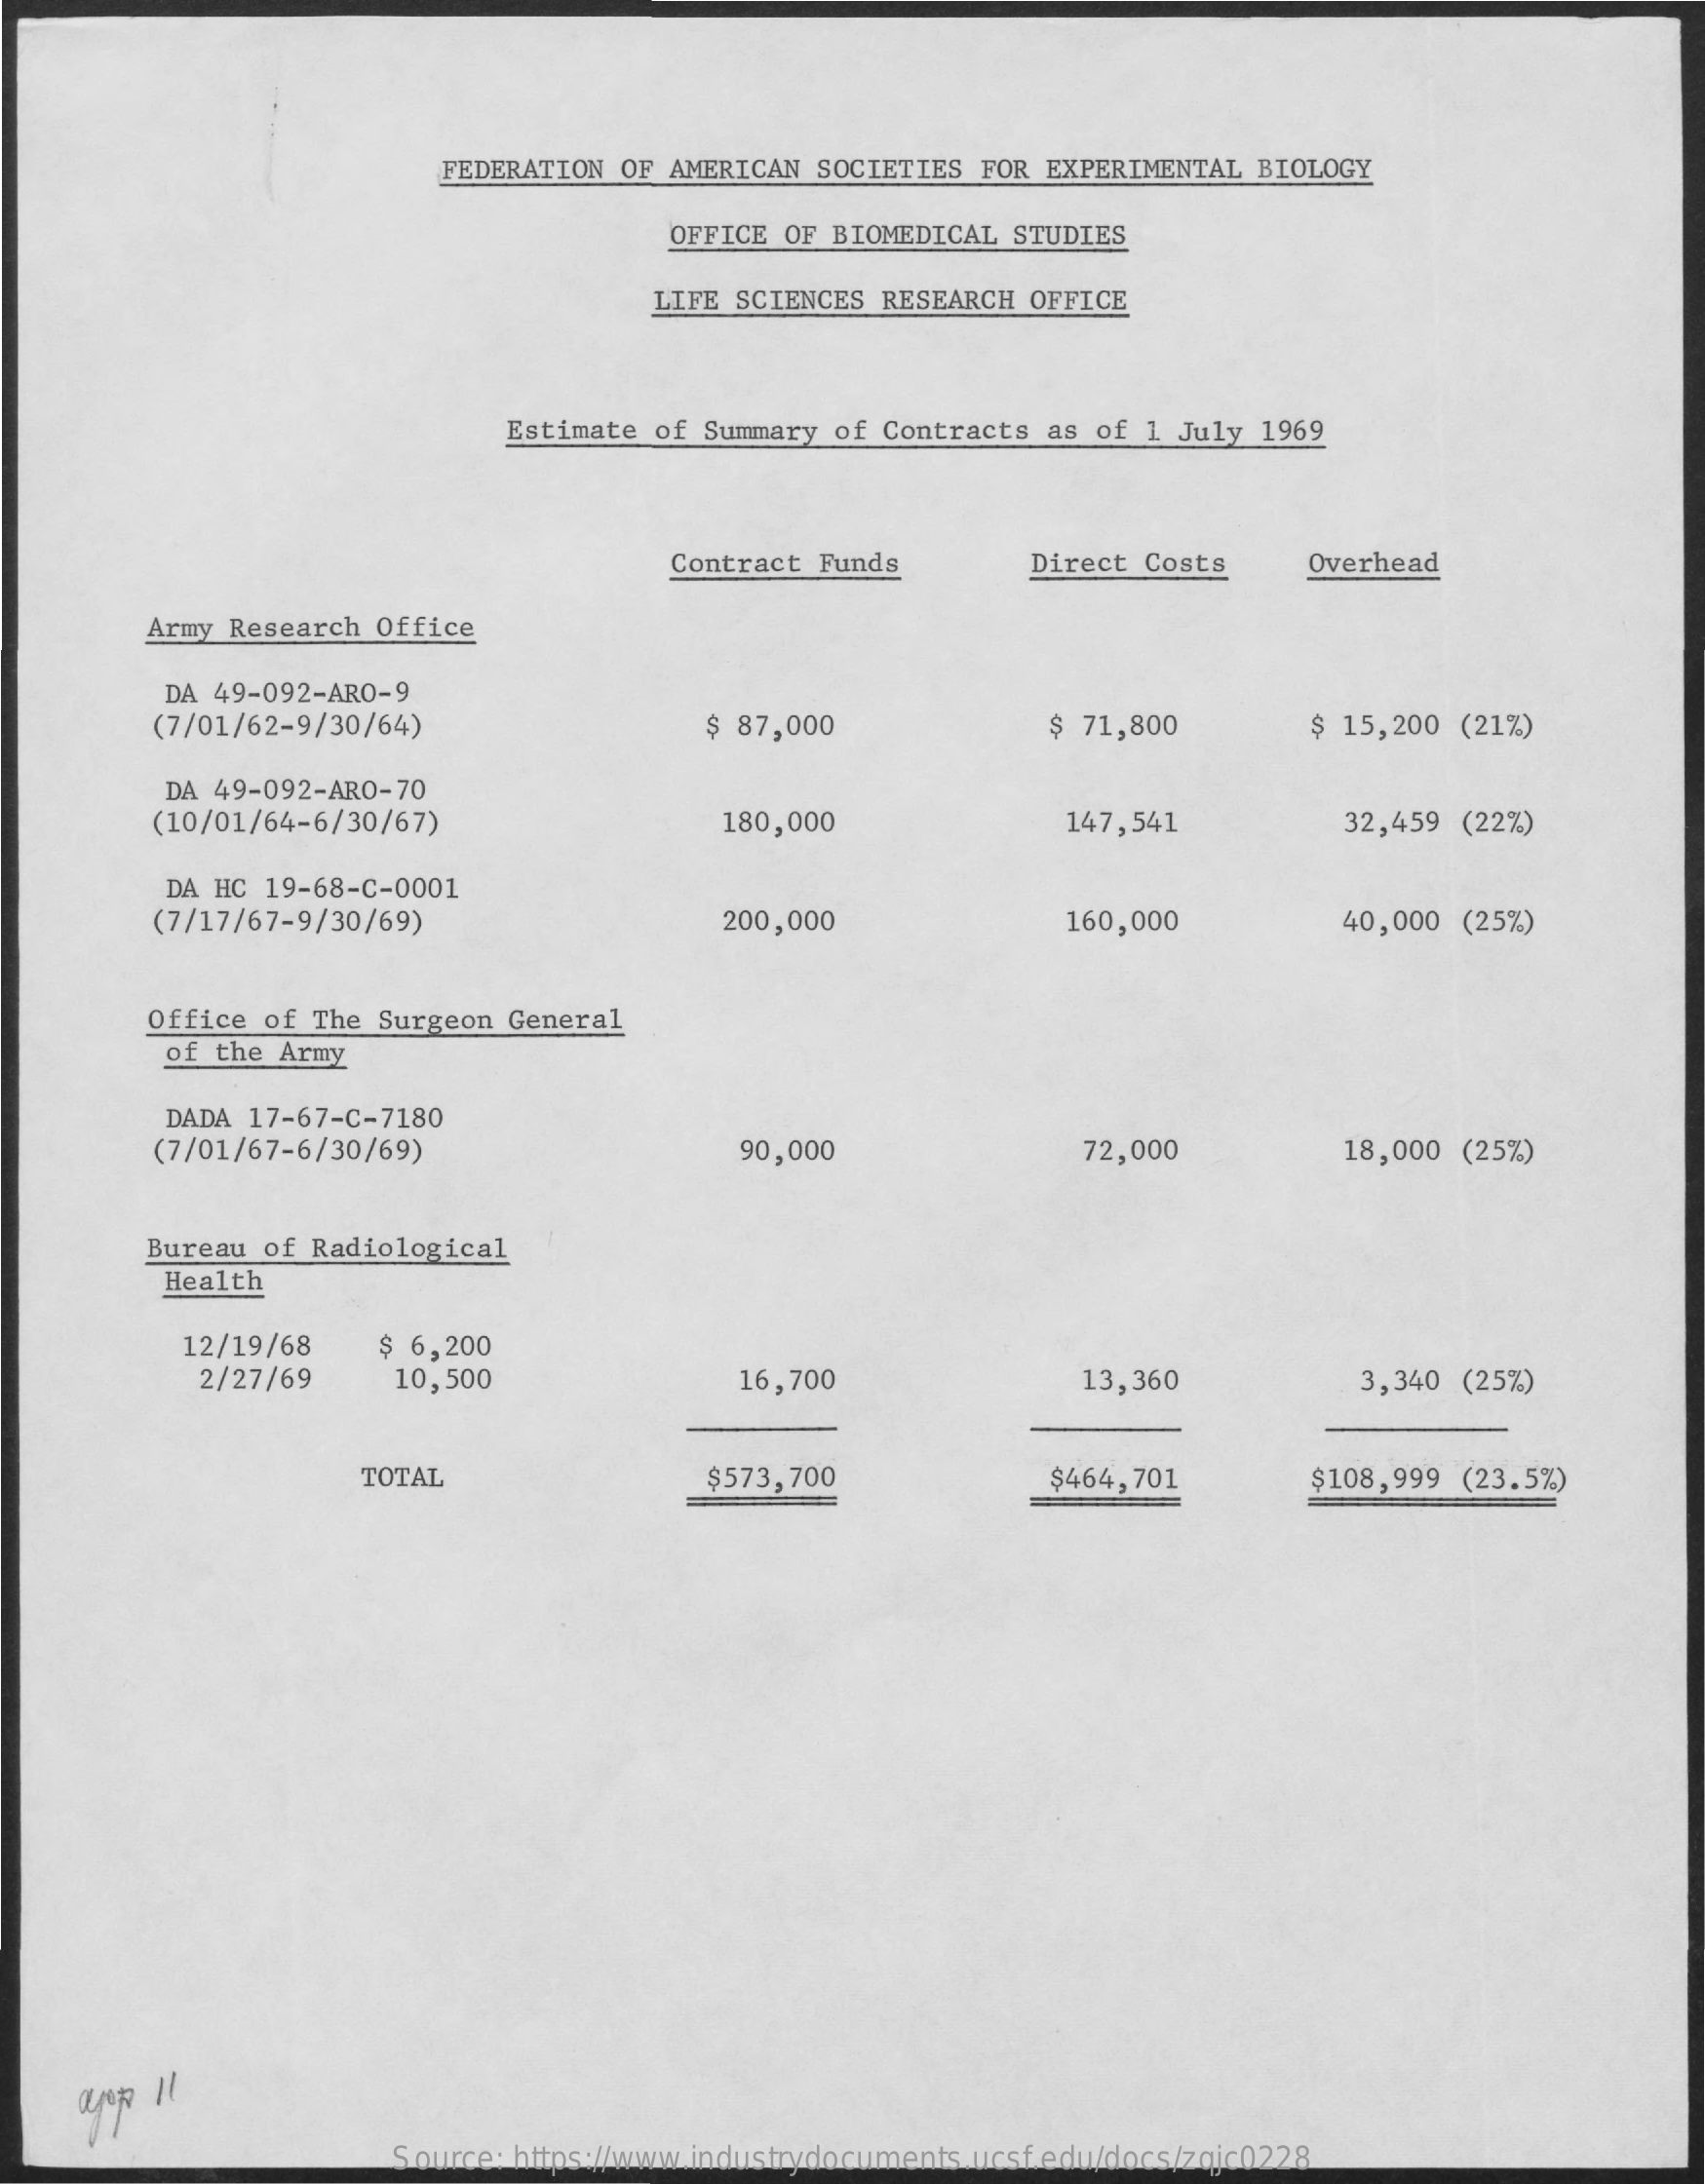
FEDERATION OF AMERICAN  SOCIETIES FOR EXPERIMENTAL  BIOLOGY
     OFFICE OF  BIOMEDICAL STUDIES
     LIFE SCIENCES  RESEARCH OFFICE
     Estimate of Summary  of Contracts as  of 1 July 1969
     Contract  Funds    Direct Costs    Overhead
     Army Research Office
     DA 49-092-ARO-9
     (7/01/62-9/30/64)    $ 87,000    $ 71,800    $ 15,200 (21%)
     DA 49-092-ARO-70
     (10/01/64-6/30/67)    180,000    147,541    32,459 (22%)
     DA HC 19-68-C-0001
     (7/17/67-9/30/69)    200,000    160,000    40,000 (25%)
     Office of The Surgeon  General
     of the Army
     DADA 17-67-C-7180
     (7/01/67-6/30/69)    90,000    72,000    18,000 (25%)
     Bureau of Radiological
     Health
     12/19/68    $ 6,200
     2/27/69    10,500    16,700    13,360    3,340 (25%)
     TOTAL    $573,700    $464,701    $108,999 (23.5%)
     apop 11
     Source: https://www.industrydocuments.ucsf.edu/docs/zqjc0228